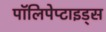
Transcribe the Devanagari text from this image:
पॉलिपेप्टाइड्स